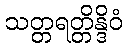
သတ္တရတ္တိန္ဒိဝံ